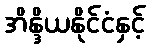
အိန္ဒိယနိုင်ငံနှင့်